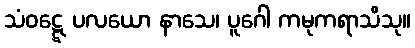
သံဝဋ္ဋေ ပလယော နာသေ၊ ပူဂေါ ကမုကရာသိသု။